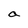
Character: a